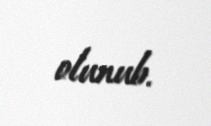
olunub.